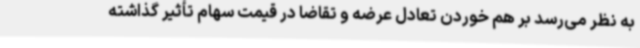
به نظر می‌رسد بر هم خوردن تعادل عرضه و تقاضا در قیمت سهام تأثیر گذاشته